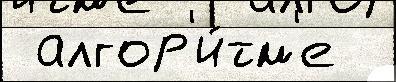
 алгор'и́тм'е